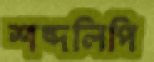
শব্দলিপি